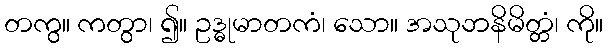
တကွ။ ကတွာ၊ ၍။ ဥဒ္ဓုမာတကံ၊ သော။ အသုဘနိမိတ္တံ၊ ကို။